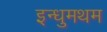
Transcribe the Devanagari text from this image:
इन्धुमथम